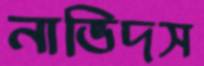
নাভিদস